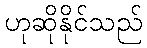
ဟုဆိုနိုင်သည်